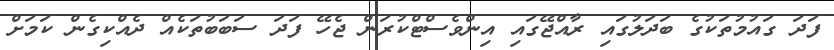
ފަދަ ގައުމުތަކުގެ ބަދަލުގައި ރާއްޖޭގައި އިންވެސްޓްކުރަން ޖެހޭ ފަދަ ސަބަބުތަކެއް ދެއްކިގެން ކަމަަށް